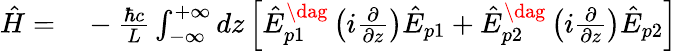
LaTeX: \begin{array}{rl}{{\hat{H}}=}&{{}-\frac{\hbar c}{L}\int_{-\infty}^{+\infty}dz\left[{\hat{E}}_{p1}^{\dag}\left(i\frac{\partial}{\partial z}\right){\hat{E}}_{p1}+{\hat{E}}_{p2}^{\dag}\left(i\frac{\partial}{\partial z}\right){\hat{E}}_{p2}\right]}\end{array}